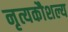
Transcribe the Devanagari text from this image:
नृत्यकौशल्य